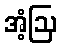
အံ့ဩ